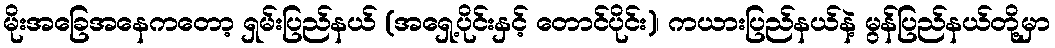
မိုးအခြေအနေကတော့ ရှမ်းပြည်နယ် (အရှေ့ပိုင်းနှင့် တောင်ပိုင်း)၊ ကယားပြည်နယ်နဲ့ မွန်ပြည်နယ်တို့မှာ